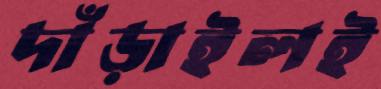
দাঁড়াইলই